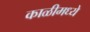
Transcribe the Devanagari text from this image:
काळीमध्ये